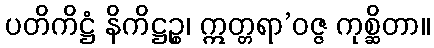
ပတိကိဋ္ဌံ နိကိဋ္ဌဉ္စ၊ ဣတ္တရာ’ဝဇ္ဇ ကုစ္ဆိတာ။